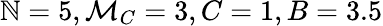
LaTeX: \mathbb{N}=5,\mathcal{{M}}_{C}=3,C=1,B=3.5